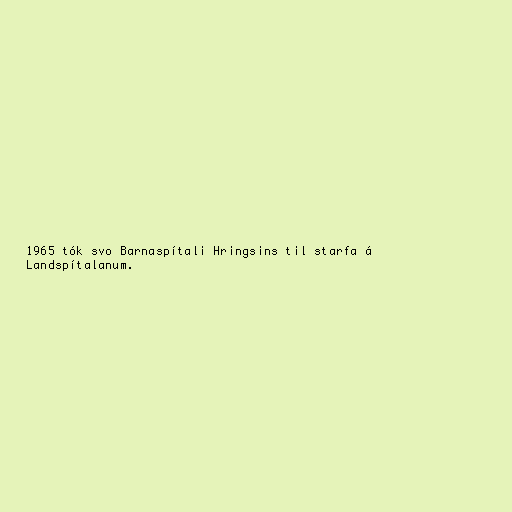
1965 tók svo Barnaspítali Hringsins til starfa á
Landspítalanum.